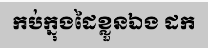
កប់ក្នុងដៃខ្លួនឯង ដក